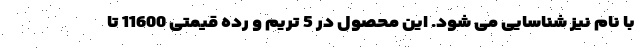
با نام نیز شناسایی می شود. این محصول در 5 تریم و رده قیمتی 11600 تا